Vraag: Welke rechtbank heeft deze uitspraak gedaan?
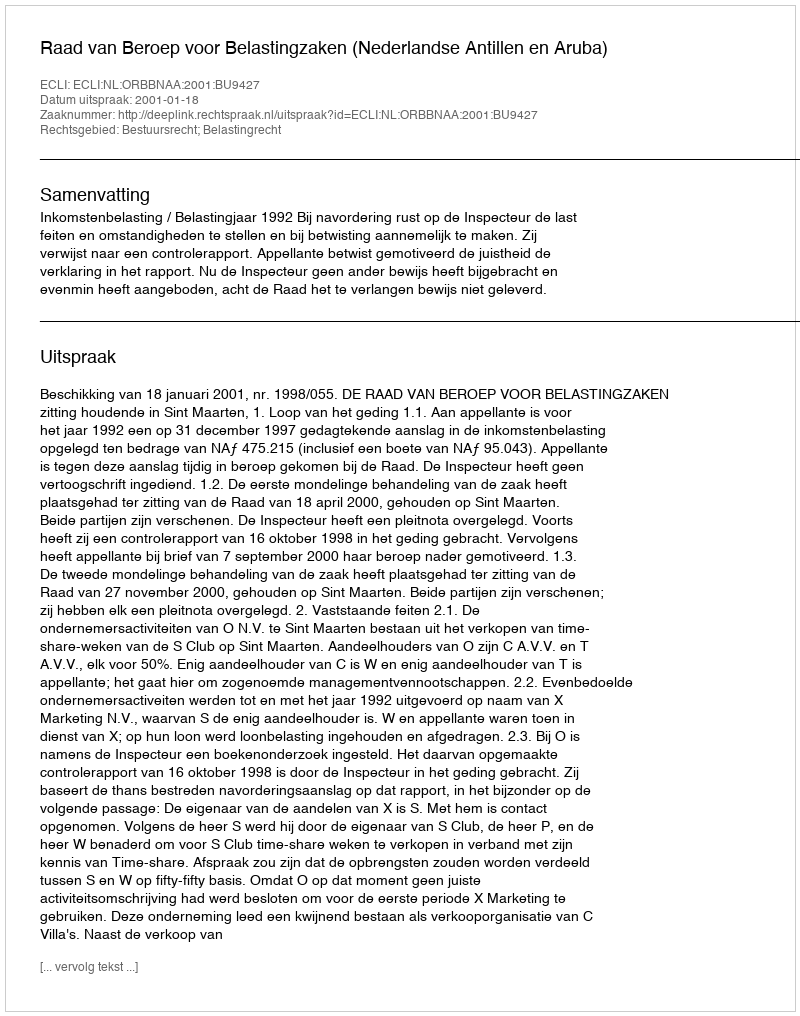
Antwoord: Raad van Beroep voor Belastingzaken (Nederlandse Antillen en Aruba)